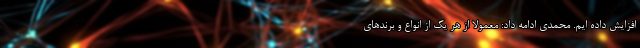
افزایش داده ایم. محمدی ادامه داد: معمولا از هر یک از انواع و بِرَندهای